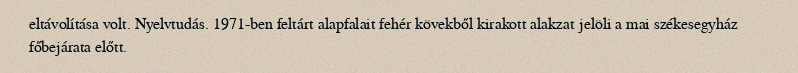
eltávolítása volt. Nyelvtudás. 1971-ben feltárt alapfalait fehér kövekből kirakott alakzat jelöli a mai székesegyház főbejárata előtt.